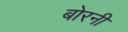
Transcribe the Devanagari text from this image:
बोरनी